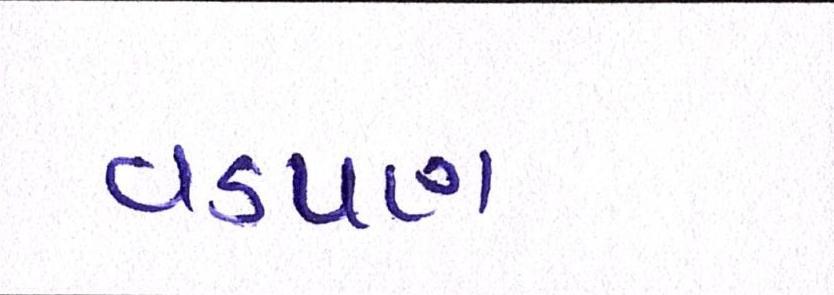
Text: વડપણ